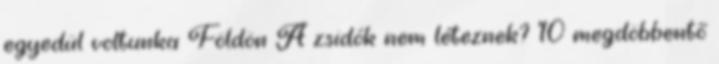
egyedül voltunka Földön A zsidók nem léteznek? 10 megdöbbentő